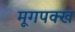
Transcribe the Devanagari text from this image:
मूगपक्ख